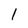
Character: 1